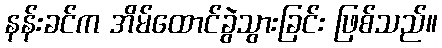
နန်းခင်က အိမ်ထောင်ခွဲသွားခြင်း ဖြစ်သည်။